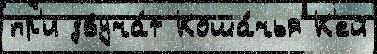
пр'и звуча́т Коша́чья К'ей